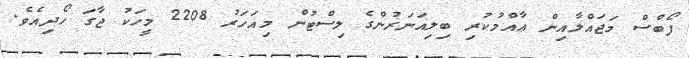
ފޯބްސް މަޖައްލާއިން ޢާއްމުކުރި ބިލިއަނަރުންގެ ލިސްޓުން މިއަހަރު 2208 މީހަކު ޖާގަ ހޯދިއެވެ.